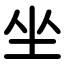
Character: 坐